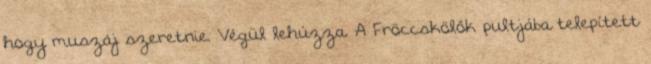
hogy muszáj szeretnie. Végül lehúzza. A Fröccskölők pultjába telepített